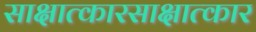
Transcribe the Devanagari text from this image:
साक्षात्कारसाक्षात्कार